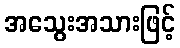
အသွေးအသားဖြင့်